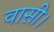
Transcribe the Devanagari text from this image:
वासी।